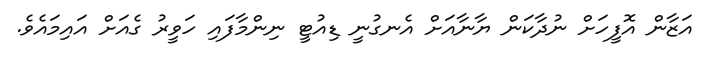
އަޒާން އޮފީހަށް ނުދާކަން ޔާނާއަށް އެނގުނީ ޑިއުޓީ ނިންމާފައި ހަވީރު ގެއަށް އައިމައެވެ.